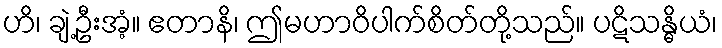
ဟိ၊ ချဲ့ဦးအံ့။ ဧတာနိ၊ ဤမဟာဝိပါက်စိတ်တို့သည်။ ပဋိသန္ဓိယံ၊